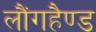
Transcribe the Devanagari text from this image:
लौंगहैण्ड